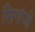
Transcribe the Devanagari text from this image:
सिगांजी